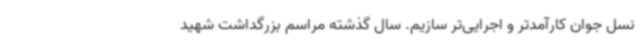
نسل جوان کارآمدتر و اجرایی‌تر سازیم. سال گذشته مراسم بزرگداشت شهید